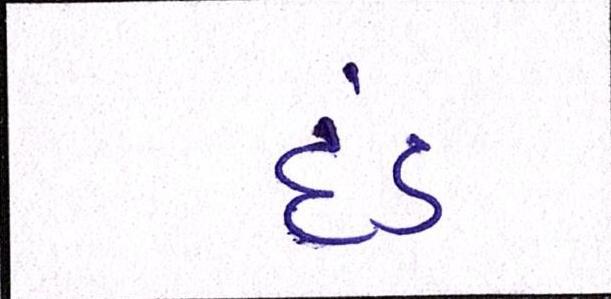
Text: દંડ